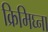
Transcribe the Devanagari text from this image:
क्रिमिघ्ना